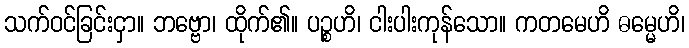
သက်ဝင်ခြင်းငှာ။ ဘဗ္ဗော၊ ထိုက်၏။ ပဉ္စဟိ၊ ငါးပါးကုန်သော။ ကတမေဟိ ဓမ္မေဟိ၊